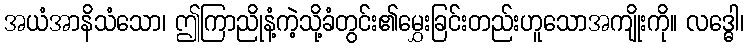
အယံအာနိသံသော၊ ဤကြာညိုနံ့ကဲ့သို့ခံတွင်း၏မွှေးခြင်းတည်းဟူသောအကျိုးကို။ လဒ္ဓေါ၊